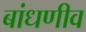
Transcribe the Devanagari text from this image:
बांधणीव